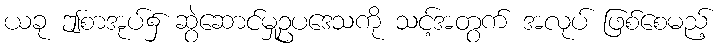
ယခု ဤစာအုပ်၌ ဆွဲဆောင်မှုဥပဒေသကို သင့်အတွက် အလုပ် ဖြစ်စေမည့်